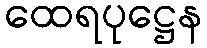
ထေရပုဋ္ဌေန